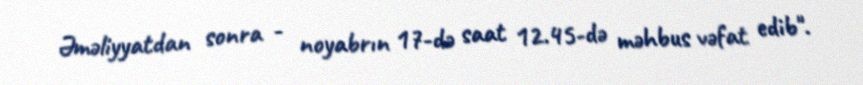
Əməliyyatdan sonra - noyabrın 17-də saat 12.45-də məhbus vəfat edib".